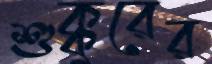
শুক্কুরের